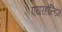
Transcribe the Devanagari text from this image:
एयरहोल्डिंग